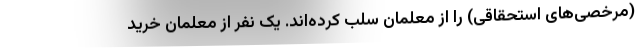
(مرخصی‌های استحقاقی) را از معلمان سلب کرده‌اند. یک نفر از معلمان خرید